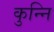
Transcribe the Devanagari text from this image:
कुन्नि